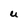
Character: U